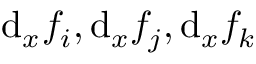
\mathrm { d } _ { x } f _ { i } , \mathrm { d } _ { x } f _ { j } , \mathrm { d } _ { x } f _ { k }